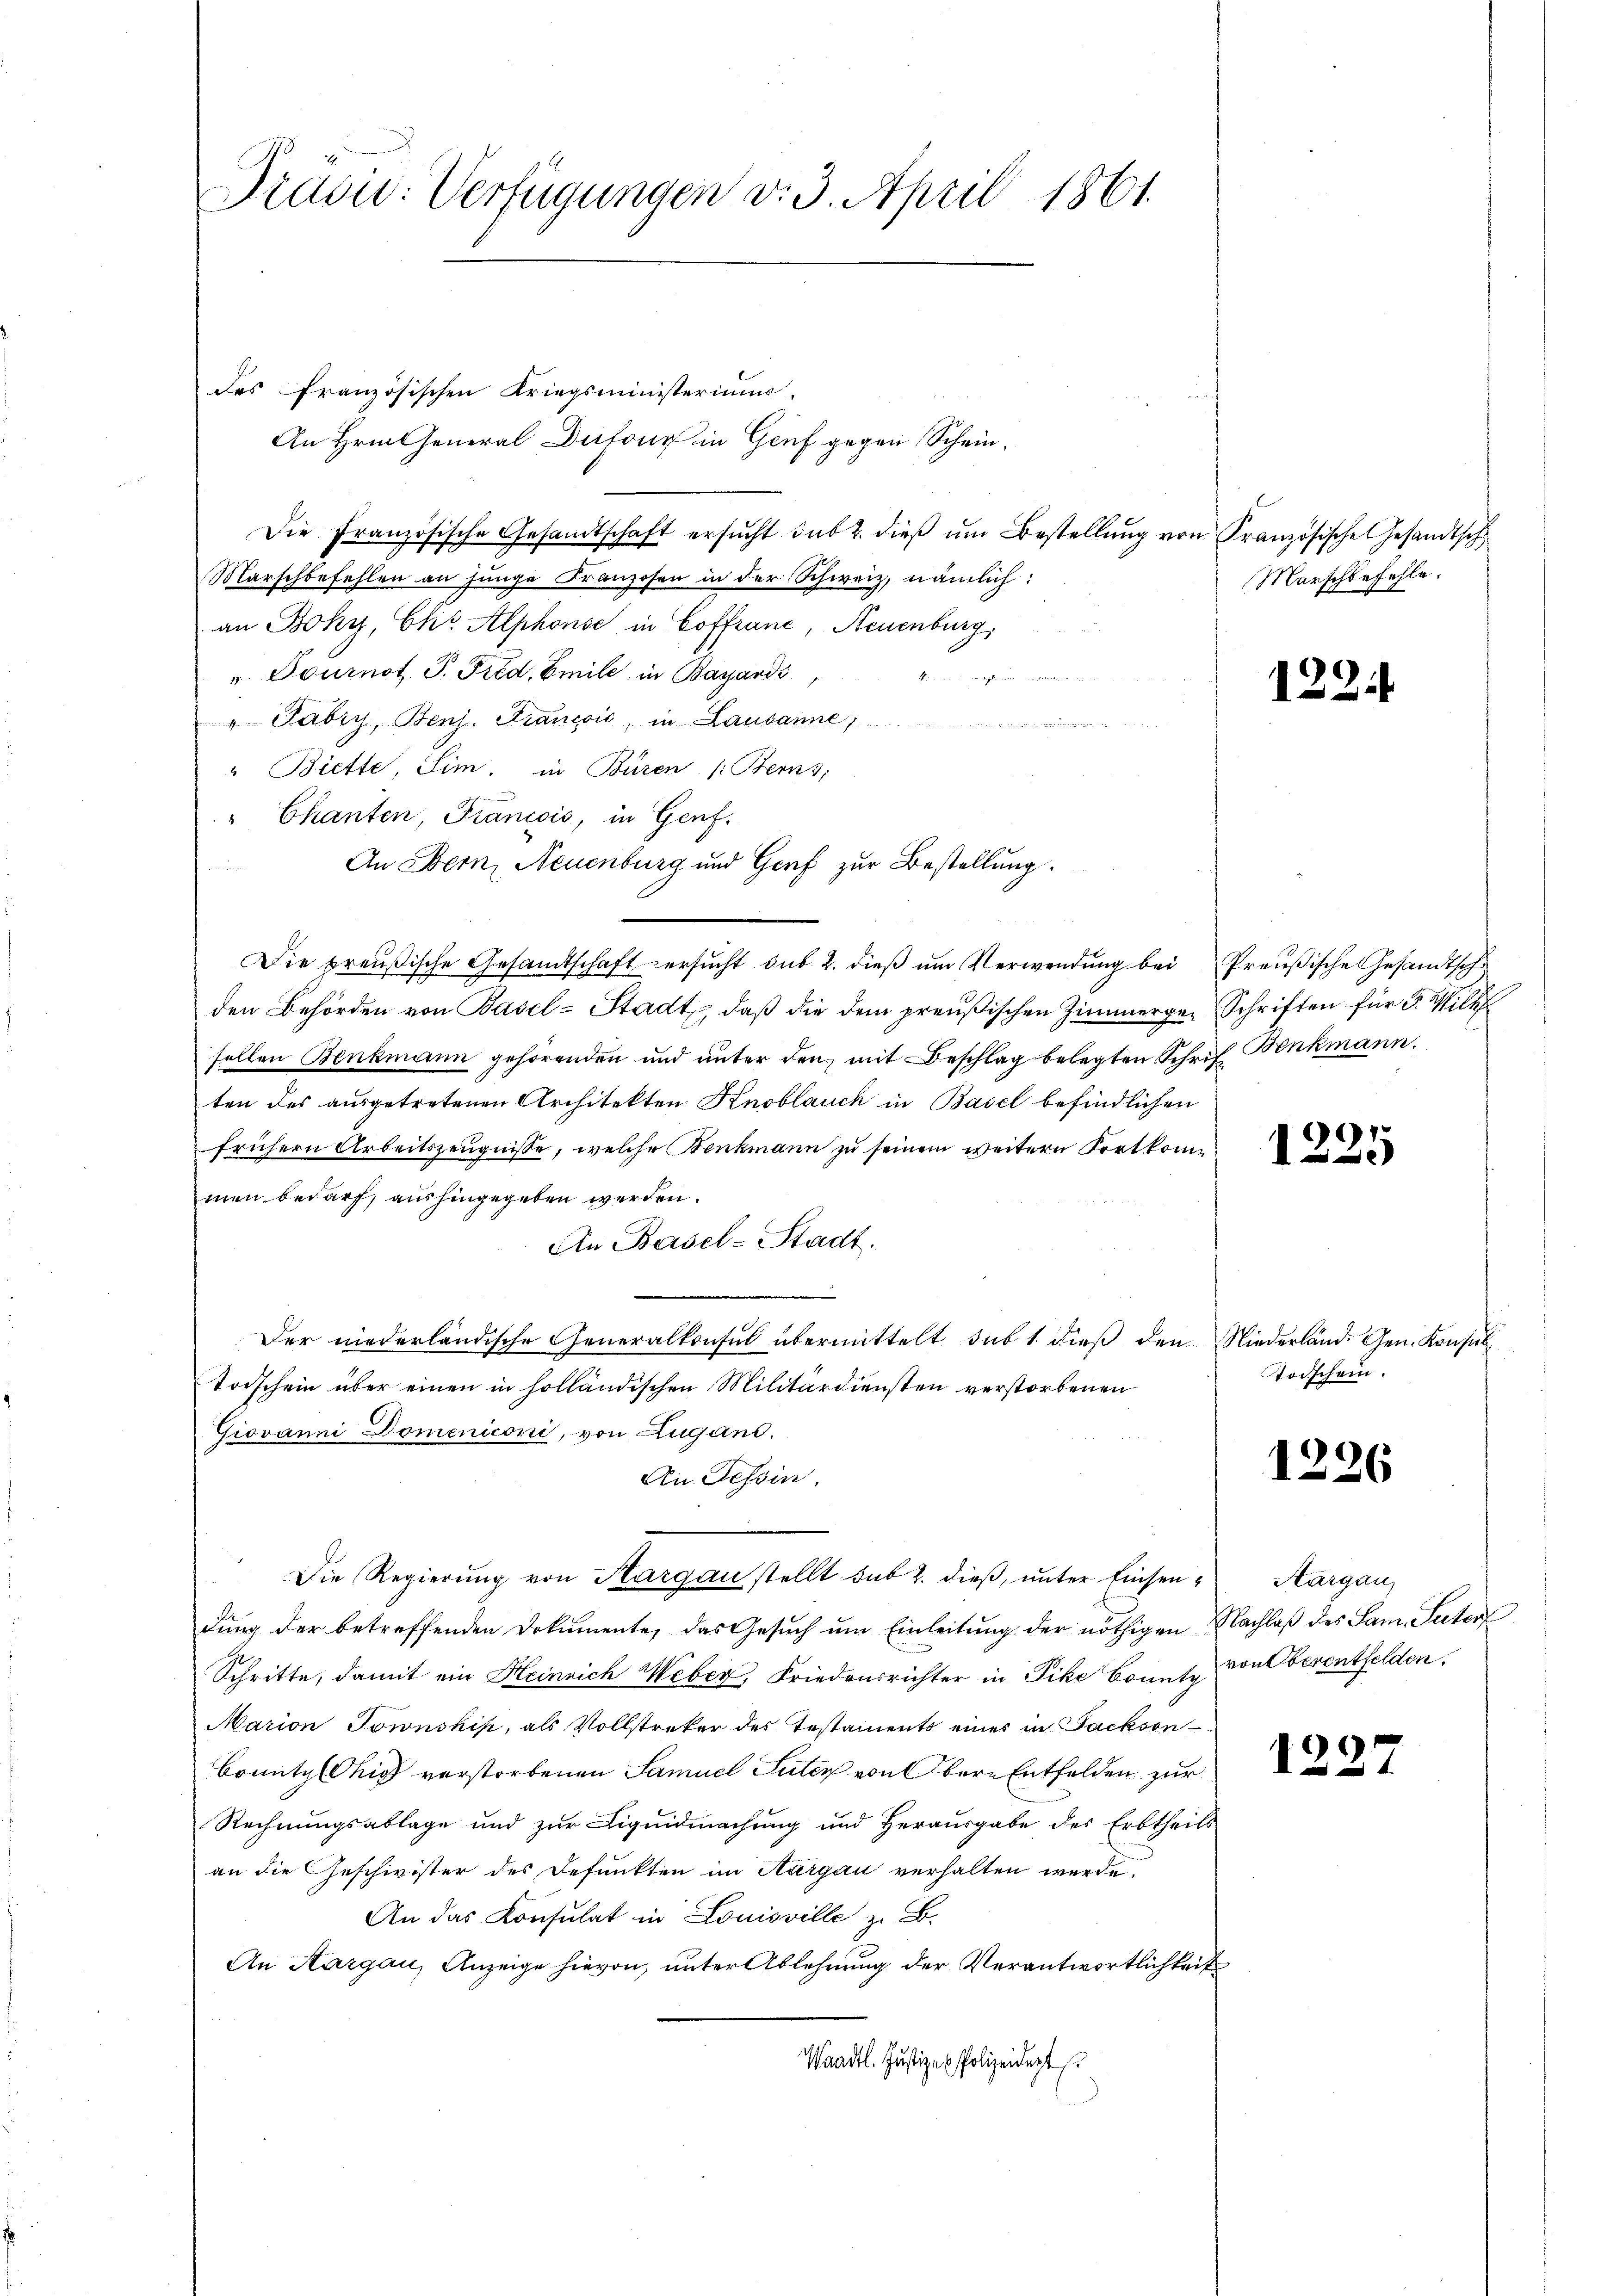
des französischen Kriegsministeriums.
An Hrn. General Dufour in Genf gegen Schein¬
Die Französische Gesandtschaft ersŭcht sub 2. dieß um Bestellung von Französische Gesandtsch
Marschbefehlen an junge Franzosen in der Schweiz, nämlich:
an Boky, Chr. Alphonse in Coffranc, Neuenburg,
v. Tournot J. Fied. Emile in Bayardi

 Fabry, Benz. Francoić, in Lausanne
" Biette, Sim, in Büren (Berns,
" Chanten, Francois, in Genf.
An Bern, Neuenburg und Genf zur Bestellung.
Die preußische Gesandtschaft ersŭcht sub. 2. dieβ ŭm Verwendŭng bei Preŭβische Gesandtsch
den Behörden von Basel-Stadt, daß die dem preußischen Zimmerger Schriften für 3. Mil
sellen Benkmann gehörenden und ŭnter den mit Beschlag belegten Schrift Benkmann.
ten des ausgetretenen Architekten Knoblauch in Basel befindlichen
frühern Arbeitszeugnisse, welche Benkmann zu seinem weitern Fortkommen bedarf, aushingegeben werden.
An Basel-Stadt.
.
Der niederländische Generalkonsul übermittelt sub 1. dieβ den Niederland. Gen. Konsul¬
Todschein über einen in holländischen Militärdiensten verstorbenen
Giovanni Domeniconi, von Lugand.
An Tessin.
Die Regierŭng von Aargau stellt sub 2. dieβ, ŭnter Einsen-Aargau,
dung der betreffenden Dokumente, das Gesuch um Einleitung der nöthigen Nachlaß des Sam. Suter
Schritte, damit ein Heinrich Weber, Friedensrichter in Pike Bonnte von Oberentfelden.
Marion Jownshis, als Vollstreker des Testaments eines in Packson¬
BountylChig verstorbenen Samuel Suter von bere Entfelden zur
Rechnungsablage und zur Liquidmachung und Herausgabe des Erbtheils
an die Geschwister des Defunkten im Aargau verhalten werde.
An das Consulat in Louisville z. B.
An Aargau, Anzeige hievon, unter Ablehnung der Verantwortlichkeit
Waadt. Justiz- & Polizeidigt

Präsid. Verfügungen v. 3. April 1861.

Marschbefehle.

122.

1225

Todschein.

1226

)
1227